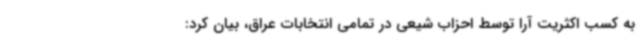
به کسب اکثریت آرا توسط احزاب شیعی در تمامی انتخابات عراق، بیان کرد: